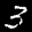
Label: 3